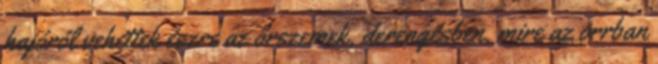
hajóról vehettek észre az őrszemek, derengésben, mire az orrban